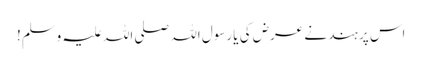
اس پر ہند نے عرض کی یا رسول اللہ صلی اللہ علیہ وسلم!